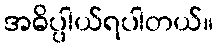
အဓိပ္ပါယ်ရပါတယ်။